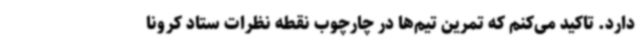
دارد. تاکید می‌کنم که تمرین تیم‌ها در چارچوب نقطه نظرات ستاد کرونا